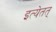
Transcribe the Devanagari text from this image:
इत्येतत्